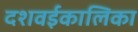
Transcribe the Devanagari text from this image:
दशवईकालिका